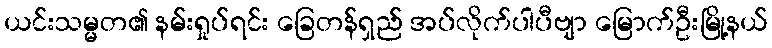
ယင်းသမ္မတ၏ နမ်းရှုပ်ရင်း ခြေတန်ရှည် အပ်လိုက်ပါပီဗျာ မြောက်ဦးမြို့နယ်